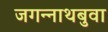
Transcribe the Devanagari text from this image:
जगन्‍नाथबुवा